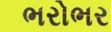
ભરોભર